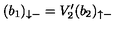
( b _ { 1 } ) _ { \downarrow - } = V _ { 2 } ^ { \prime } ( b _ { 2 } ) _ { \uparrow - }